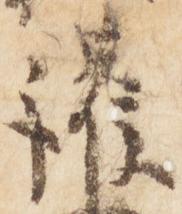
護